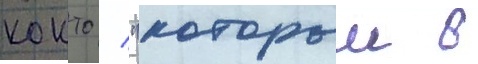
кокто / "которыи в